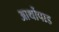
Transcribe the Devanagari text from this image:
आर्थोपाड